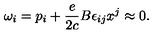
\omega _ { i } = p _ { i } + \frac { e } { 2 c } B \epsilon _ { i j } x ^ { j } \approx 0 .